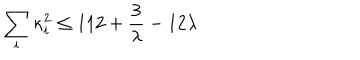
\sum _ { i } \kappa _ { i } ^ { 2 } \leq 1 1 2 + { \frac { 3 } { \lambda } } - 1 2 \lambda